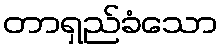
တာရှည်ခံသော